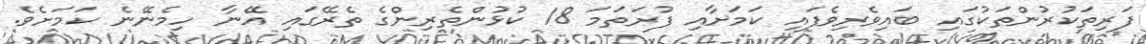
ފަރިތަކުރުންތަކުގައި ބައިވެރިވެފައި ކަމަށާއި ފުރަތަމަ 18 ކުޅުންތެރިންގެ ތެރޭގައި އޭނާ ހިމެނޭނެ ކަމަށެވެ.